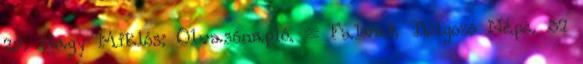
29. Nagy Miklós: Olvasónapló. = Falvak Dolgozó Népe. 37